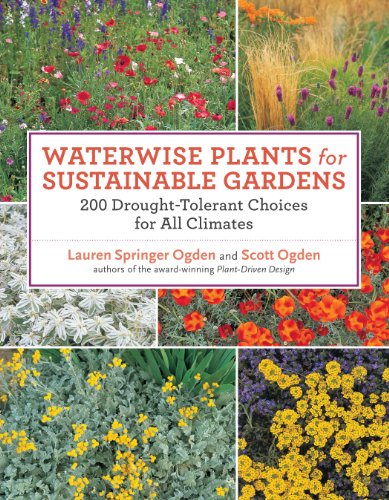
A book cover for Waterwise Plants for Sustainable Gardens: 200 Drought-Tolerant Choices for all Climates; Scott Ogden; Crafts, Hobbies & Home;